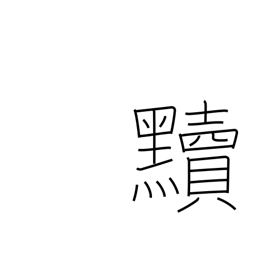
Meaning: make dirty